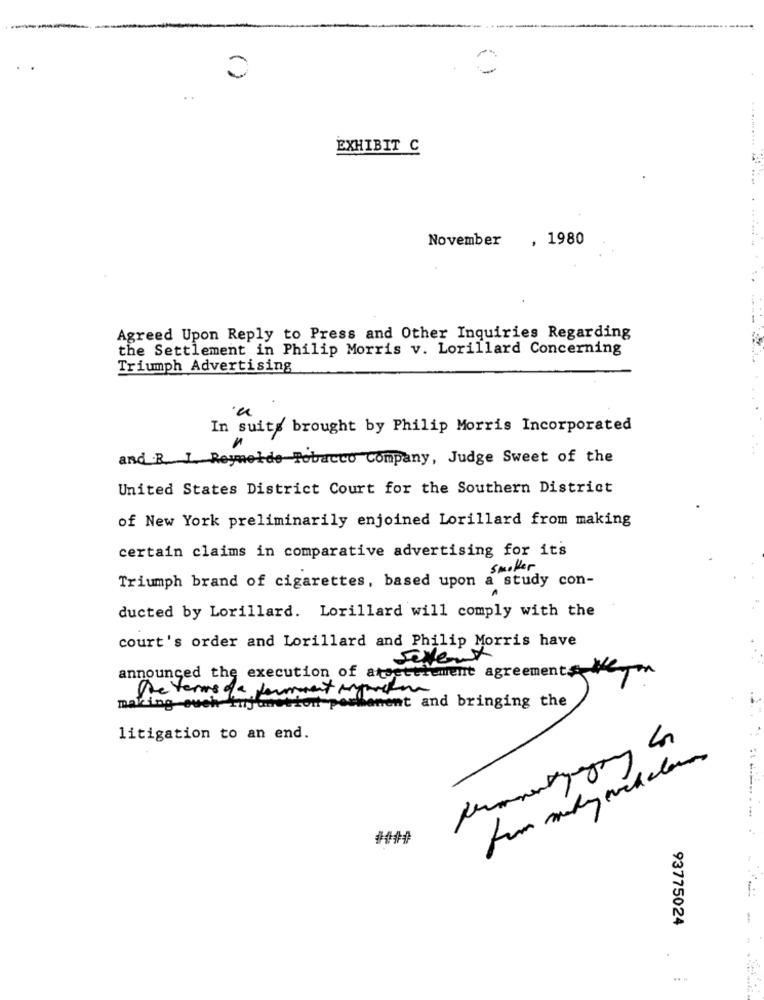
---
0
..
.....
EXHIBIT C
November
, 1980
Agreed Upon Reply to Press and Other Inquiries Regarding
the Settlement in Philip Morris v. Lorillard Concerning
Triumph Advertising
In suits brought by Philip Morris Incorporated
and R. I. Reymelde Tobacco Company, Judge Sweet of the
United States District Court for the Southern District
of New York preliminarily enjoined Lorillard from making
certain claims in comparative advertising for its
smoker
Triumph brand of cigarettes, based upon a study con-
ducted by Lorillard. Lorillard will comply with the
court's order and Lorillard and Philip Morris have
Sevent
announced the execution of atsettlement agreements de
De terms da forment igarcia
eshanent and bringing the
making euch im
litigation to an end.
93775024
-